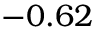
- 0 . 6 2